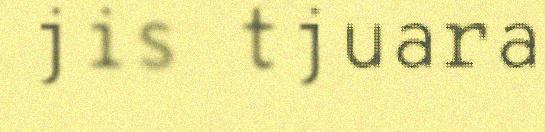
jis tjuara